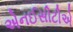
એનઈસીટીએ